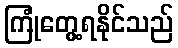
ကြုံတွေ့ရနိုင်သည်